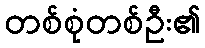
တစ်စုံတစ်ဦး၏